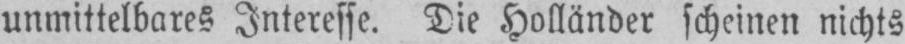
unmittelbares Interesse. Die Holländer scheinen nichts